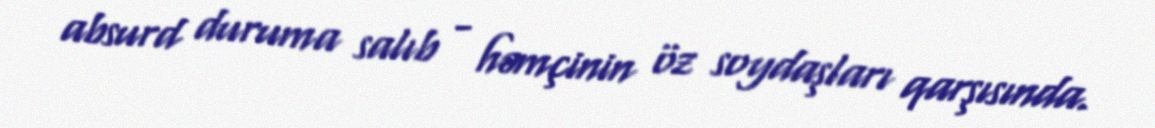
absurd duruma salıb - həmçinin öz soydaşları qarşısında.